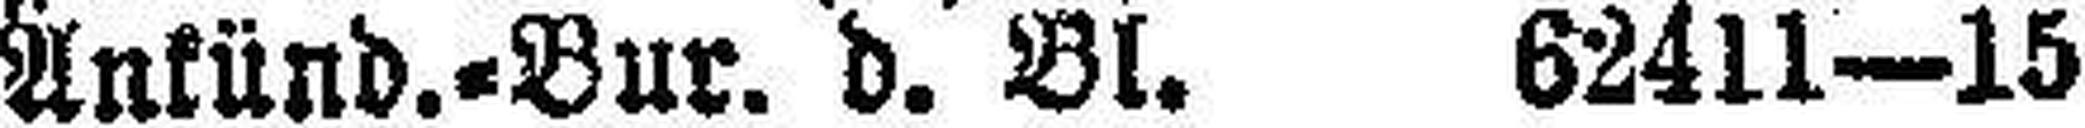
Ankünd.=Bur. d. Bl. 62411—15